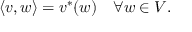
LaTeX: \langle v , w \rangle = v ^ { * } ( w ) \quad \forall w \in V .